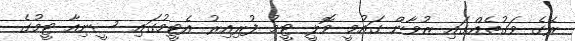
ރޭގެ ވަގުތެއްގައި ޒުވާން ގައުމީ ވޮލީ ޓީމު ފުރިއިރު އެޓީމުގައި ސީނިއާ ޓީމުގެ